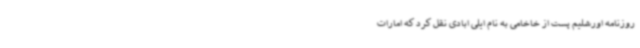
روزنامه اورشلیم پست از خاخامی به نام ایلی ابادی نقل کرد که امارات